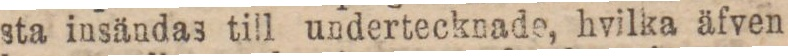
sta insändas till undertecknade, hvilka äfven